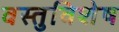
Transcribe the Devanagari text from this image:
वस्तुविशेष